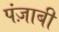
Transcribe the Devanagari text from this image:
पंज़ाबी